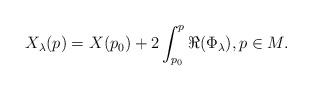
LaTeX: \begin{align*} X_\lambda(p)=X(p_0)+2\int_{p_0}^p \Re(\Phi_\lambda),p\in M.\end{align*}